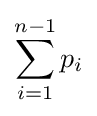
\sum _{i=1}^{n-1}p_{i}